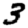
Digit: 3